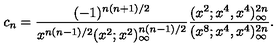
c _ { n } = \frac { ( - 1 ) ^ { n ( n + 1 ) / 2 } } { x ^ { n ( n - 1 ) / 2 } ( x ^ { 2 } ; x ^ { 2 } ) _ { \infty } ^ { n ( n - 1 ) / 2 } } \frac { ( x ^ { 2 } ; x ^ { 4 } , x ^ { 4 } ) _ { \infty } ^ { 2 n } } { ( x ^ { 8 } ; x ^ { 4 } , x ^ { 4 } ) _ { \infty } ^ { 2 n } } .